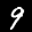
Label: 9